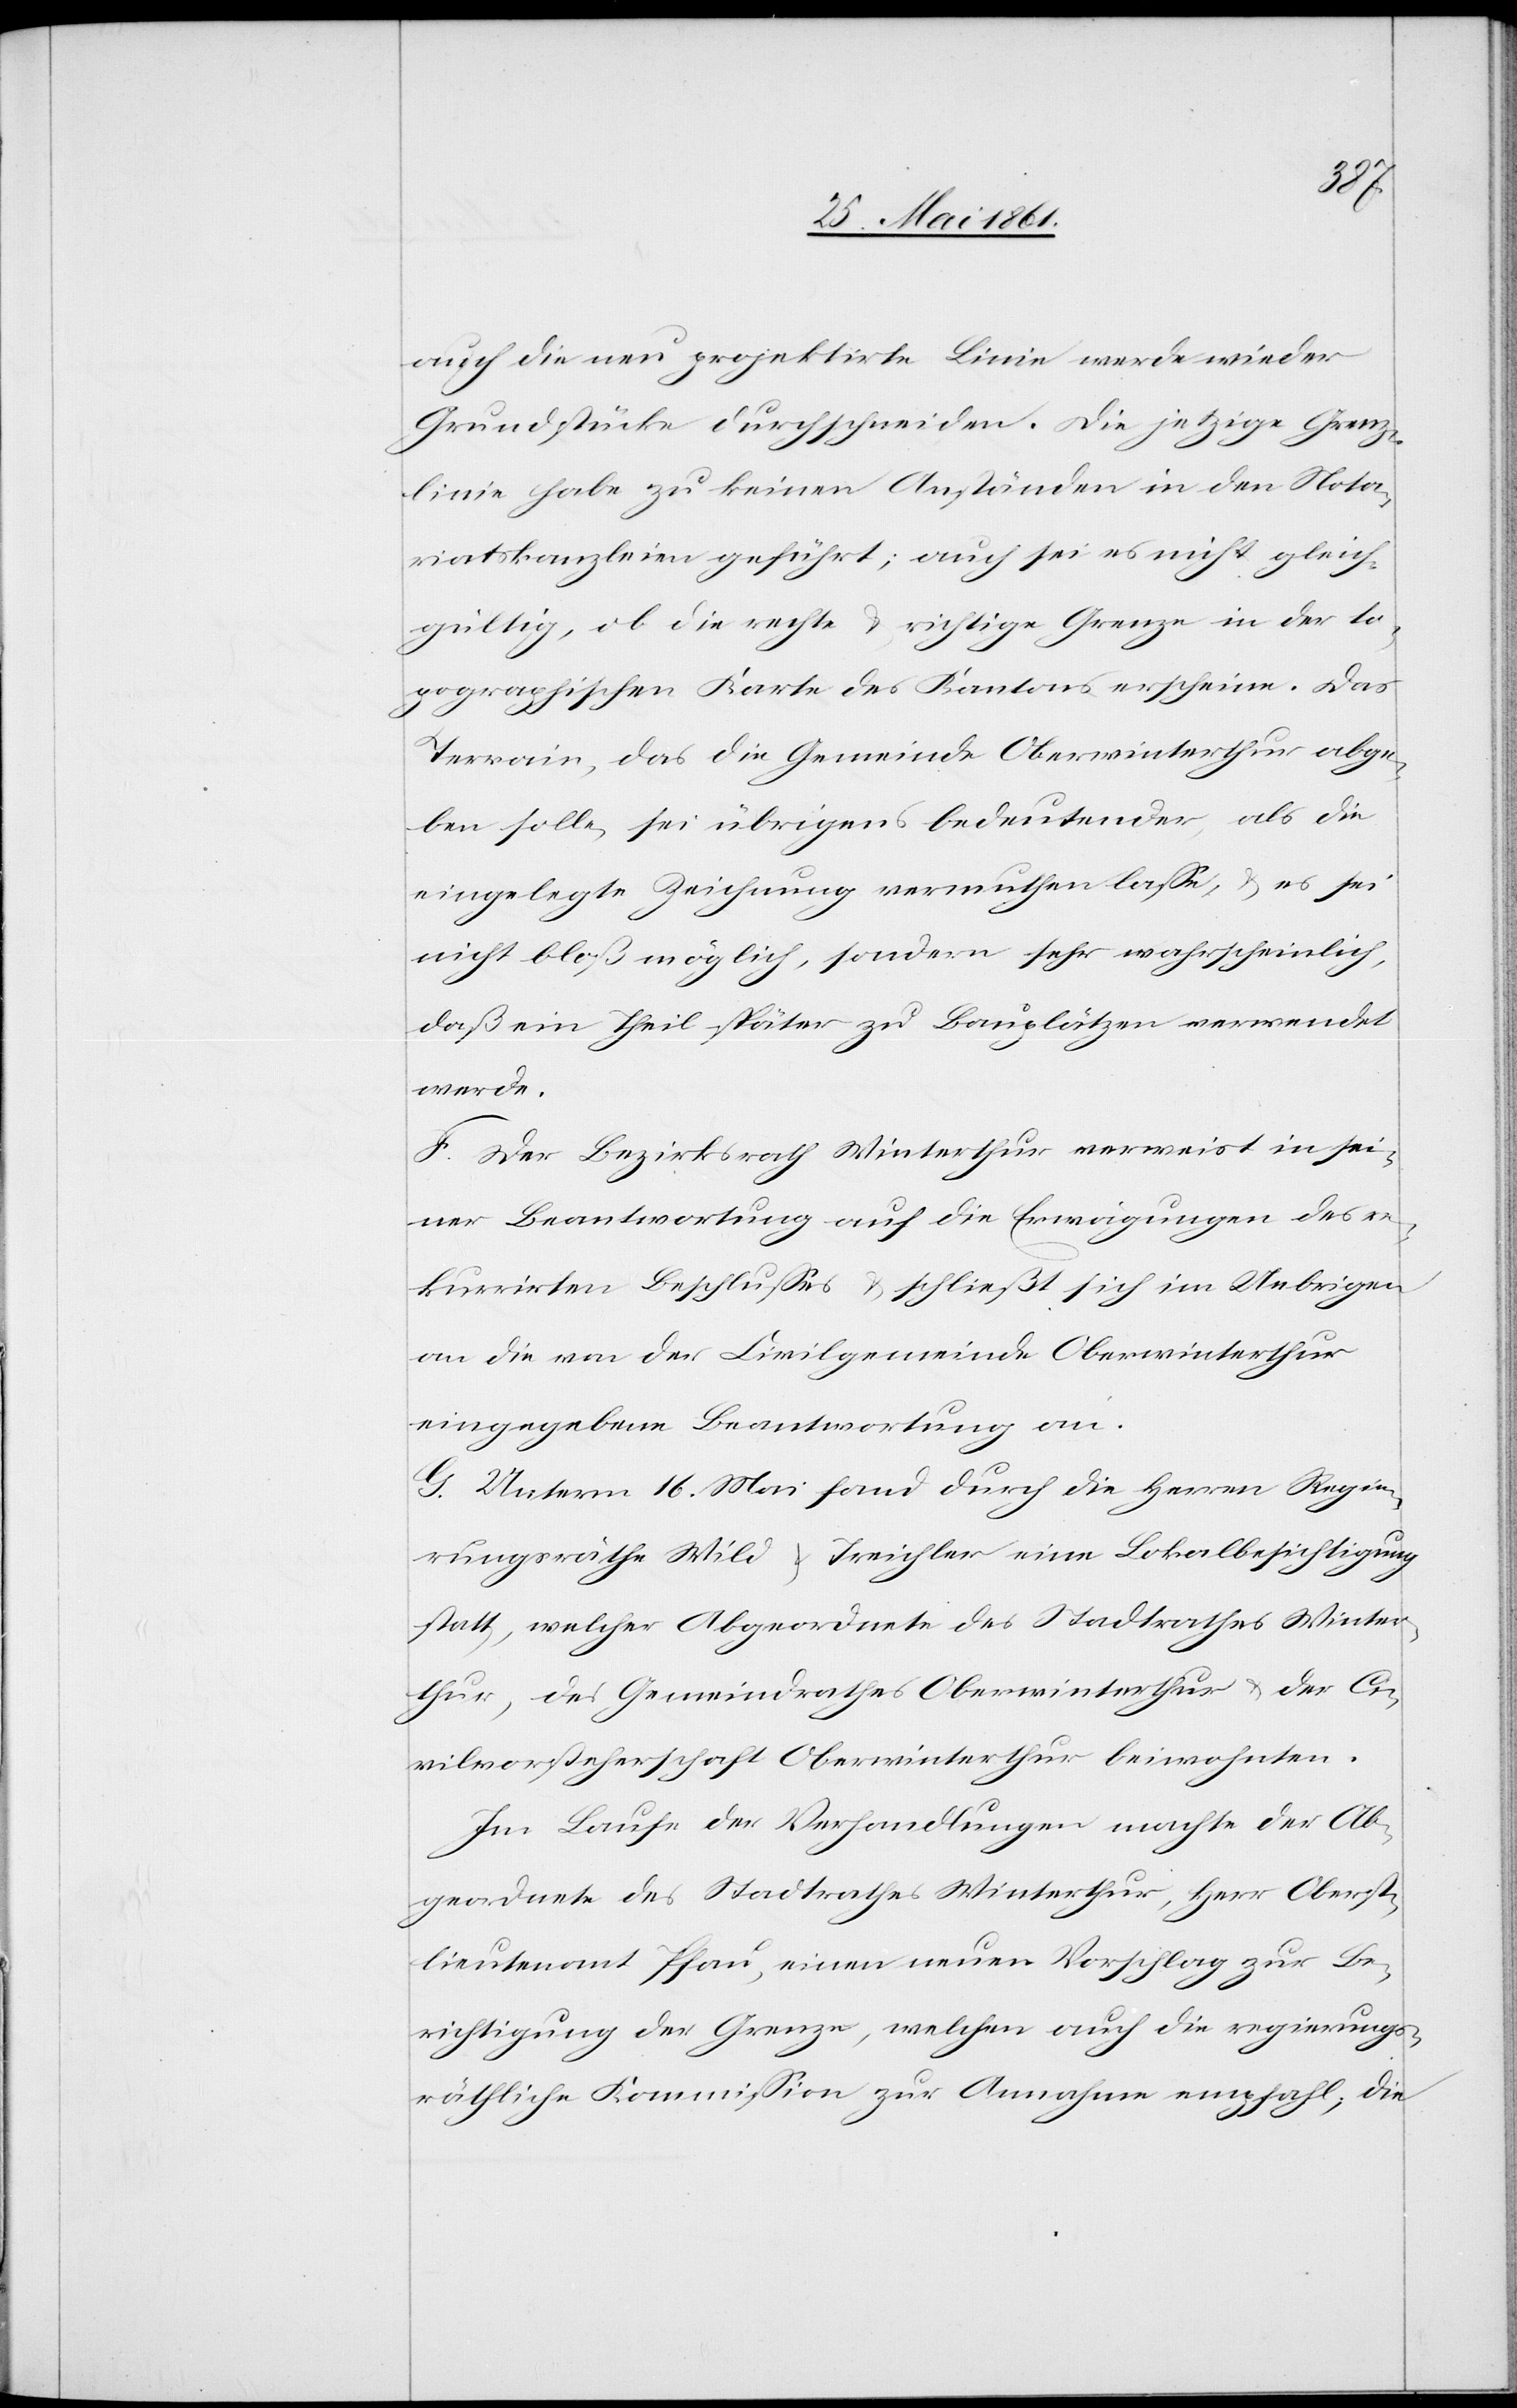
auch die neu projektirte Linie werde wieder
Grundstücke durchschneiden. Die jetzige Grenz¬
linie habe zu keinen Anständen in den Nota¬
riatskanzleien geführt; auch sei es nicht gleich¬
gültig, ob die rechte u. richtige Grenze in der to¬
pographischen Karte des Kantons erscheine. Das
Terrain, das die Gemeinde Oberwinterthur abge¬
ben solle, sei übrigens bedeutender, als die
eingelegte Zeichnung vermuthen lasse, u. es sei
nicht bloß möglich, sondern sehr wahrscheinlich,
daß ein Theil später zu Bauplätzen verwendet
werde.
F. Der Bezirksrath Winterthur verweist in sei¬
ner Beantwortung auf die Erwägungen des re¬
kurrirten Beschlusses u. schließt sich im Uebrigen
an die von der Civilgemeinde Oberwinterthur
eingegebene Beantwortung an.
G. Unterm 16. Mai fand durch die Herren Regie¬
rungsräthe Wild u. Treichler eine Lokalbesichtigung
statt, welcher Abgeordnete des Stadtrathes Winter¬
thur, des Gemeindrathes Oberwinterthur u. der Ci¬
vilvorsteherschaft Oberwinterthur beiwohnten.
Im Laufe der Verhandlungen machte der Ab¬
geordnete des Stadtrathes Winterthur, Herr Oberst¬
lieutenant Pfau, einen neuen Vorschlag zur Be¬
richtigung der Grenze, welchen auch die regierungs¬
räthliche Kommission zur Annahme empfahl, die